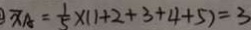
\overline { x } A = \frac { 1 } { 5 } \times ( 1 + 2 + 3 + 4 + 5 ) = 3